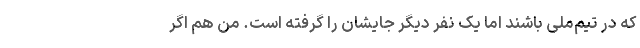
که در تیم‌ملی باشند اما یک نفر دیگر جایشان را گرفته است. من هم اگر